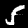
Digit: 5